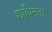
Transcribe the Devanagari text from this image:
शाधिनता